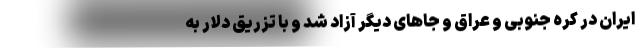
ایران در کره جنوبی و عراق و جاهای دیگر آزاد شد و با تزریق دلار به